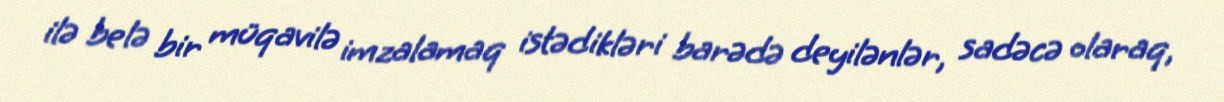
ilə belə bir müqavilə imzalamaq istədikləri barədə deyilənlər, sadəcə olaraq,